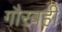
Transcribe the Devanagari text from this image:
गौरवही